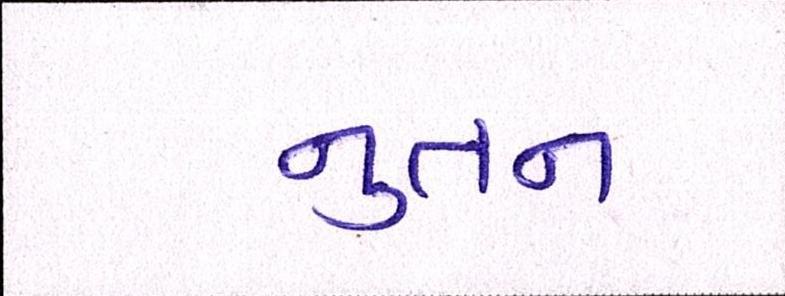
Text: નુતન